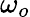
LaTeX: \omega_{o}